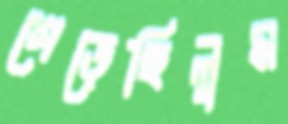
গেড়েছিলুম